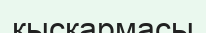
қысқармасы